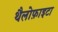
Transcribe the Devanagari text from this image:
थैलोफ़ाइटा